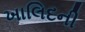
ખાલિદની